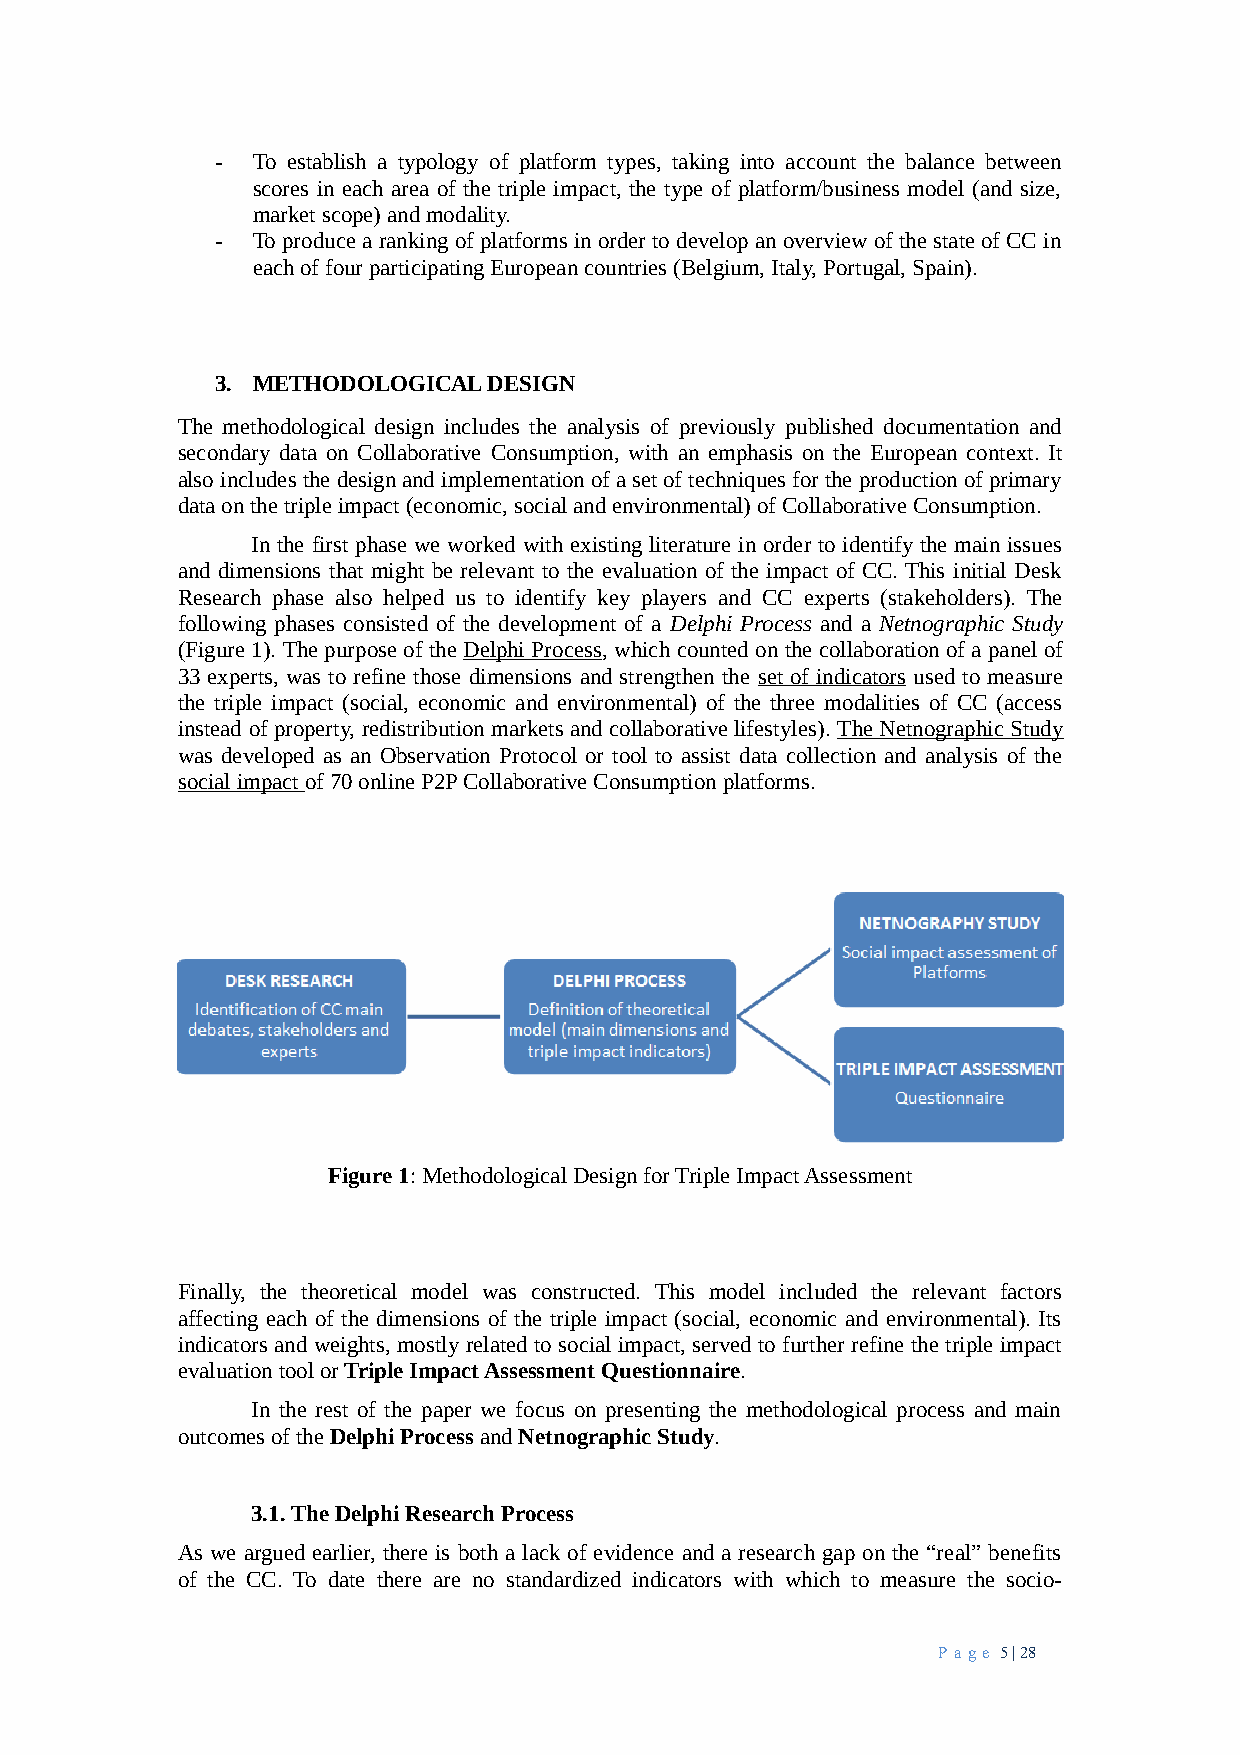
-  To establish a typology of platform types, taking into account the balance between
 scores in each area of the triple impact, the type of platform/business model (and size,
 market scope) and modality.
 -  To produce a ranking of platforms in order to develop an overview of the state of CC in
 each of four participating European countries (Belgium, Italy, Portugal, Spain).
 3. METHODOLOGICAL DESIGN
 The methodological design includes the analysis of previously published documentation and
 secondary data on Collaborative Consumption, with an emphasis on the European context. It
 also includes the design and implementation of a set of techniques for the production of primary
 data on the triple impact (economic, social and environmental) of Collaborative Consumption.
 In the first phase we worked with existing literature in order to identify the main issues
 and dimensions that might be relevant to the evaluation of the impact of CC. This initial Desk
 Research phase also helped us to identify key players and CC experts (stakeholders). The
 following phases consisted of the development of a Delphi Process and a Netnographic Study
 (Figure 1). The purpose of the Delphi Process, which counted on the collaboration of a panel of
 33 experts, was to refine those dimensions and strengthen the set of indicators used to measure
 the triple impact (social, economic and environmental) of the three modalities of CC (access
 instead of property, redistribution markets and collaborative lifestyles). The Netnographic Study
 was developed as an Observation Protocol or tool to assist data collection and analysis of the
 social impact of 70 online P2P Collaborative Consumption platforms.
 Figure 1: Methodological Design for Triple Impact Assessment
 Finally, the theoretical model was constructed. This model included the relevant factors
 affecting each of the dimensions of the triple impact (social, economic and environmental). Its
 indicators and weights, mostly related to social impact, served to further refine the triple impact
 evaluation tool or Triple Impact Assessment Questionnaire.
 In the rest of the paper we focus on presenting the methodological process and main
 outcomes of the Delphi Process and Netnographic Study.
 3.1. The Delphi Research Process
 As we argued earlier, there is both a lack of evidence and a research gap on the “real” benefits
 of the CC. To date there are no standardized indicators with which to measure the socio-
 Pa ge 5 | 28